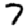
Digit: 7